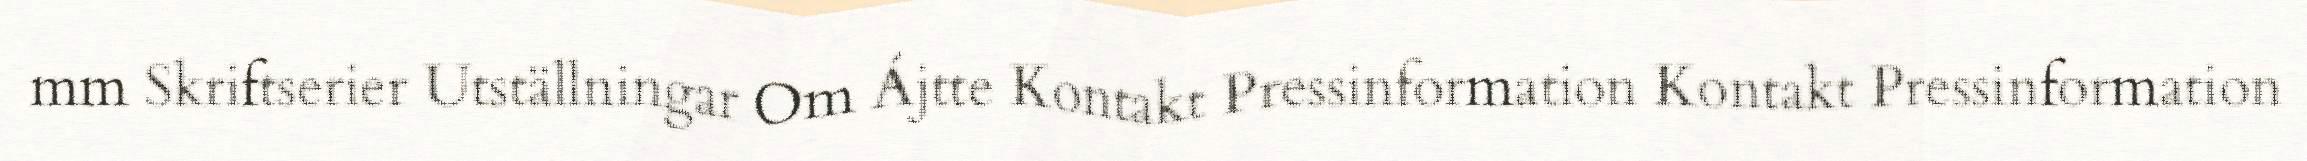
mm Skriftserier Utställningar Om Ájtte Kontakt Pressinformation Kontakt Pressinformation